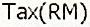
TAX(RM)